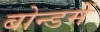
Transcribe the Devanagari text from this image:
बोन्डमें